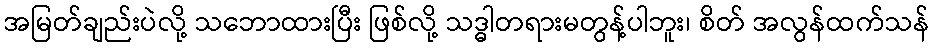
အမြတ်ချည်းပဲလို့ သဘောထားပြီး ဖြစ်လို့ သဒ္ဓါတရားမတွန့်ပါဘူး၊ စိတ် အလွန်ထက်သန်